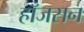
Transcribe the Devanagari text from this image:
हाँजसन